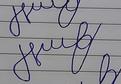
Signature authenticity: forged